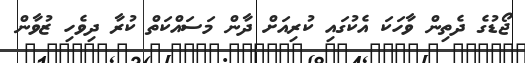
ޖޯޑުގެ ދެތިން ވާހަކަ އެކުގައި ކުރިއަށް ދާން މަސައްކަތް ކުރާ ދިވެހި ޒުވާން